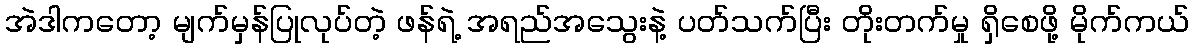
အဲဒါကတော့ မျက်မှန်ပြုလုပ်တဲ့ ဖန်ရဲ့ အရည်အသွေးနဲ့ ပတ်သက်ပြီး တိုးတက်မှု ရှိစေဖို့ မိုက်ကယ်